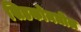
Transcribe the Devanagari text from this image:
सिडकोमधील